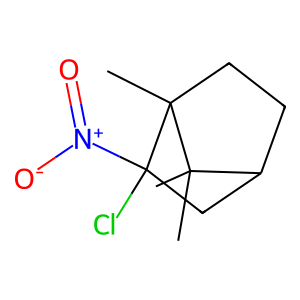
SMILES: CC1(C)C2CCC1(C)C(Cl)([N+](=O)[O-])C2
Inhibits HIV replication: No